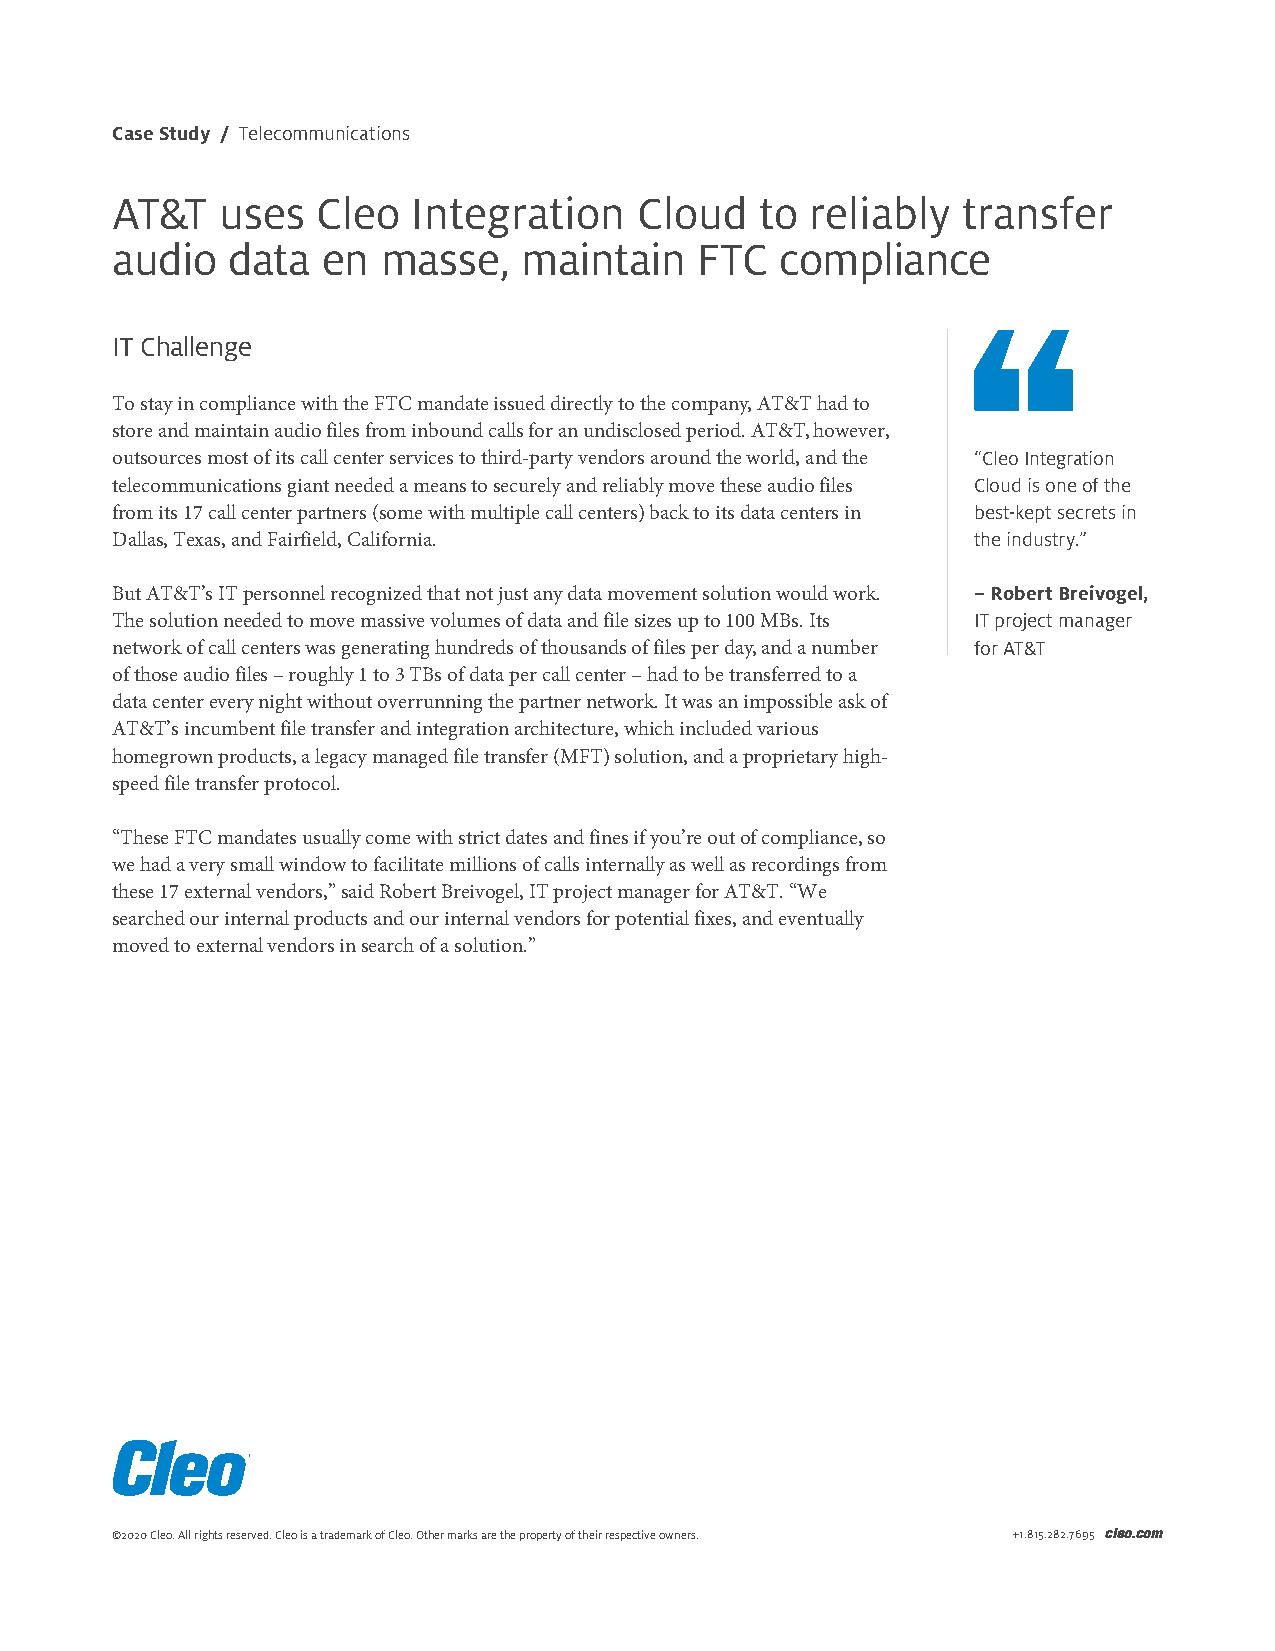
Case Study / Telecommunications
 AT&T    uses  Cleo  Integration    Cloud   to  reliably  transfer
 audio   data  en  masse,    maintain   FTC   compliance
 IT Challenge
 To stay in compliance with the FTC mandate issued directly to the company, AT&T had to
 store and maintain audio files from inbound calls for an undisclosed period. AT&T, however,
 outsources most of its call center services to third-party vendors around the world, and the “Cleo Integration
 telecommunications giant needed a means to securely and reliably move these audio files Cloud is one of the
 from its 17 call center partners (some with multiple call centers) back to its data centers in best-kept secrets in
 Dallas, Texas, and Fairfield, California.                 the industry.”
 But AT&T’s IT personnel recognized that not just any data movement solution would work. –Robert Breivogel,
 The solution needed to move massive volumes of data and file sizes up to 100 MBs. Its IT project manager
 network of call centers was generating hundreds of thousands of files per day, and a number for AT&T
 of those audio files – roughly 1 to 3 TBs of data per call center – had to be transferred to a
 data center every night without overrunning the partner network. It was an impossible ask of
 AT&T’s incumbent file transfer and integration architecture, which included various
 homegrown products, a legacy managed file transfer (MFT) solution, and a proprietary high-
 speed file transfer protocol.
 “These FTC mandates usually come with strict dates and fines if you’re out of compliance, so
 we had a very small window to facilitate millions of calls internally as well as recordings from
 these 17 external vendors,” said Robert Breivogel, IT project manager for AT&T. “We
 searched our internal products and our internal vendors for potential fixes, and eventually
 moved to external vendors in search of a solution.”
 ©2020 Cleo. All rights reserved. Cleo is a trademark of Cleo. Other marks are the property of their respective owners. +1.815.282.7695 cleo.com